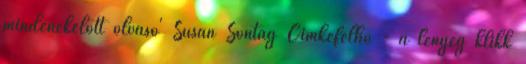
mindenekelőtt olvasó' Susan Sontag Címkefelhő - a lényeg klikk